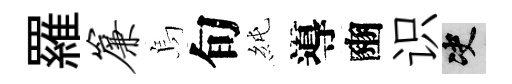
羅帘烏旬純導豳识决